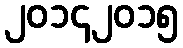
၂၀၁၄၂၀၁၅